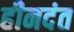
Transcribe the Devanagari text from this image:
हीनदंत